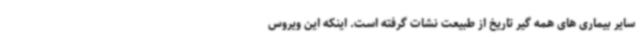
سایر بیماری های همه گیر تاریخ از طبیعت نشات گرفته است. اینکه این ویروس